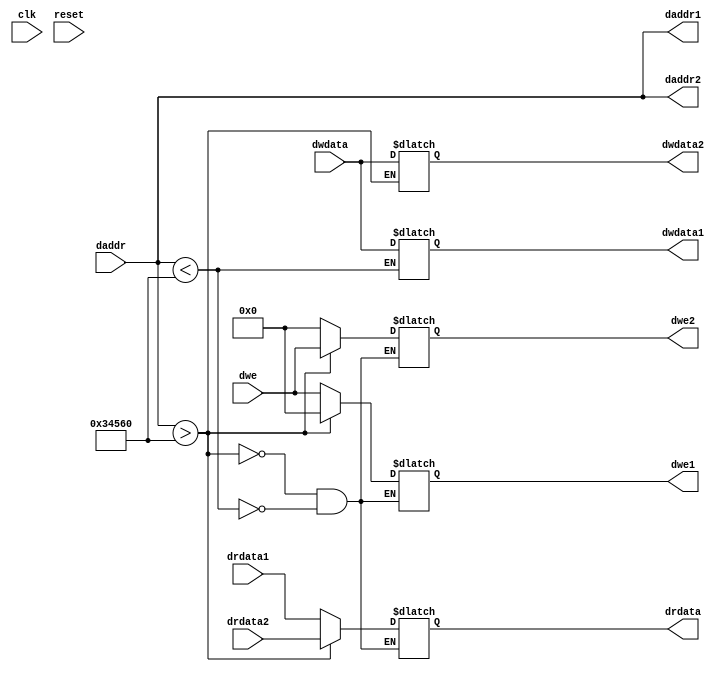
module biu (
    input clk,
    input reset,
    input [31:0] daddr,
    input [31:0] dwdata,
    input [3:0] dwe,
    output [31:0] drdata,

    // Signals going to/from dmem
    output [31:0] daddr1,
    output [31:0] dwdata1,
    output [3:0]  dwe1,
    input  [31:0] drdata1,

    // Signals going to/from peripheral
    output [31:0] daddr2,
    output [31:0] dwdata2,
    output [3:0]  dwe2,
    input  [31:0] drdata2
);

    // Modify below so that depending on the actual daddr range the BIU decides whether 
    // the response was from DMEM or peripheral - maybe a MUX?
    // assign drdata = drdata1;

    reg [31:0] drdata;
    reg [31:0] daddr1;
    reg [31:0] daddr2;
    reg [31:0] dwdata1;
    reg [31:0] dwdata2;
    reg [3:0] dwe1;
    reg [3:0] dwe2;

    always@(*) // reading data from peripheral/dmem
    begin
        daddr1 = daddr;
        daddr2 = daddr;
        if(daddr1<'d214368) begin
            drdata =drdata1; end

        if(daddr2>'d214368) begin  //////////////FIX THIS ADDRESS of PERIPHERAL
            drdata =drdata2; end
    end

    always@(*) // writing data into peripheral/dmem
    begin
        if(daddr1<'d214368) begin
            dwdata1 = dwdata; 
            dwe1 = dwe; dwe2 = 3'b000; end

        if(daddr2>'d214368) begin  //////////////FIX THIS ADDRESS of PERIPHERAL
            dwdata2 = dwdata; 
            dwe2 = dwe; dwe1 = 3'b000; end
    end


    // Send values to DMEM or peripheral (or both if it does not matter)
    // as required
    // assign daddr1 = daddr;
    // assign dwdata1 = dwdata;
    // assign dwe1 = dwe;

    // assign daddr2 = daddr;
    // assign dwdata2 = dwdata;
    // assign dwe2 = dwe;

endmodule